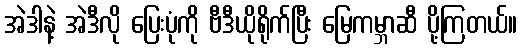
အဲဒါနဲ့ အဲဒီလို ပြေးပုံကို ဗီဒီယိုရိုက်ပြီး မြေကမ္ဘာဆီ ပို့ကြတယ်။